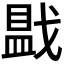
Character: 𪭓